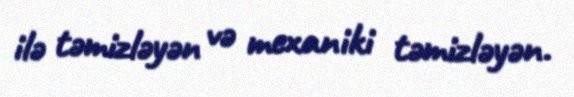
ilə təmizləyən və mexaniki təmizləyən.